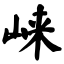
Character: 崃